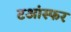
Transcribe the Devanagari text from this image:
टआंस्फर